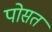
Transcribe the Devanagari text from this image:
पोसत